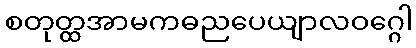
စတုတ္ထအာမကဓညပေယျာလဝဂ္ဂေါ